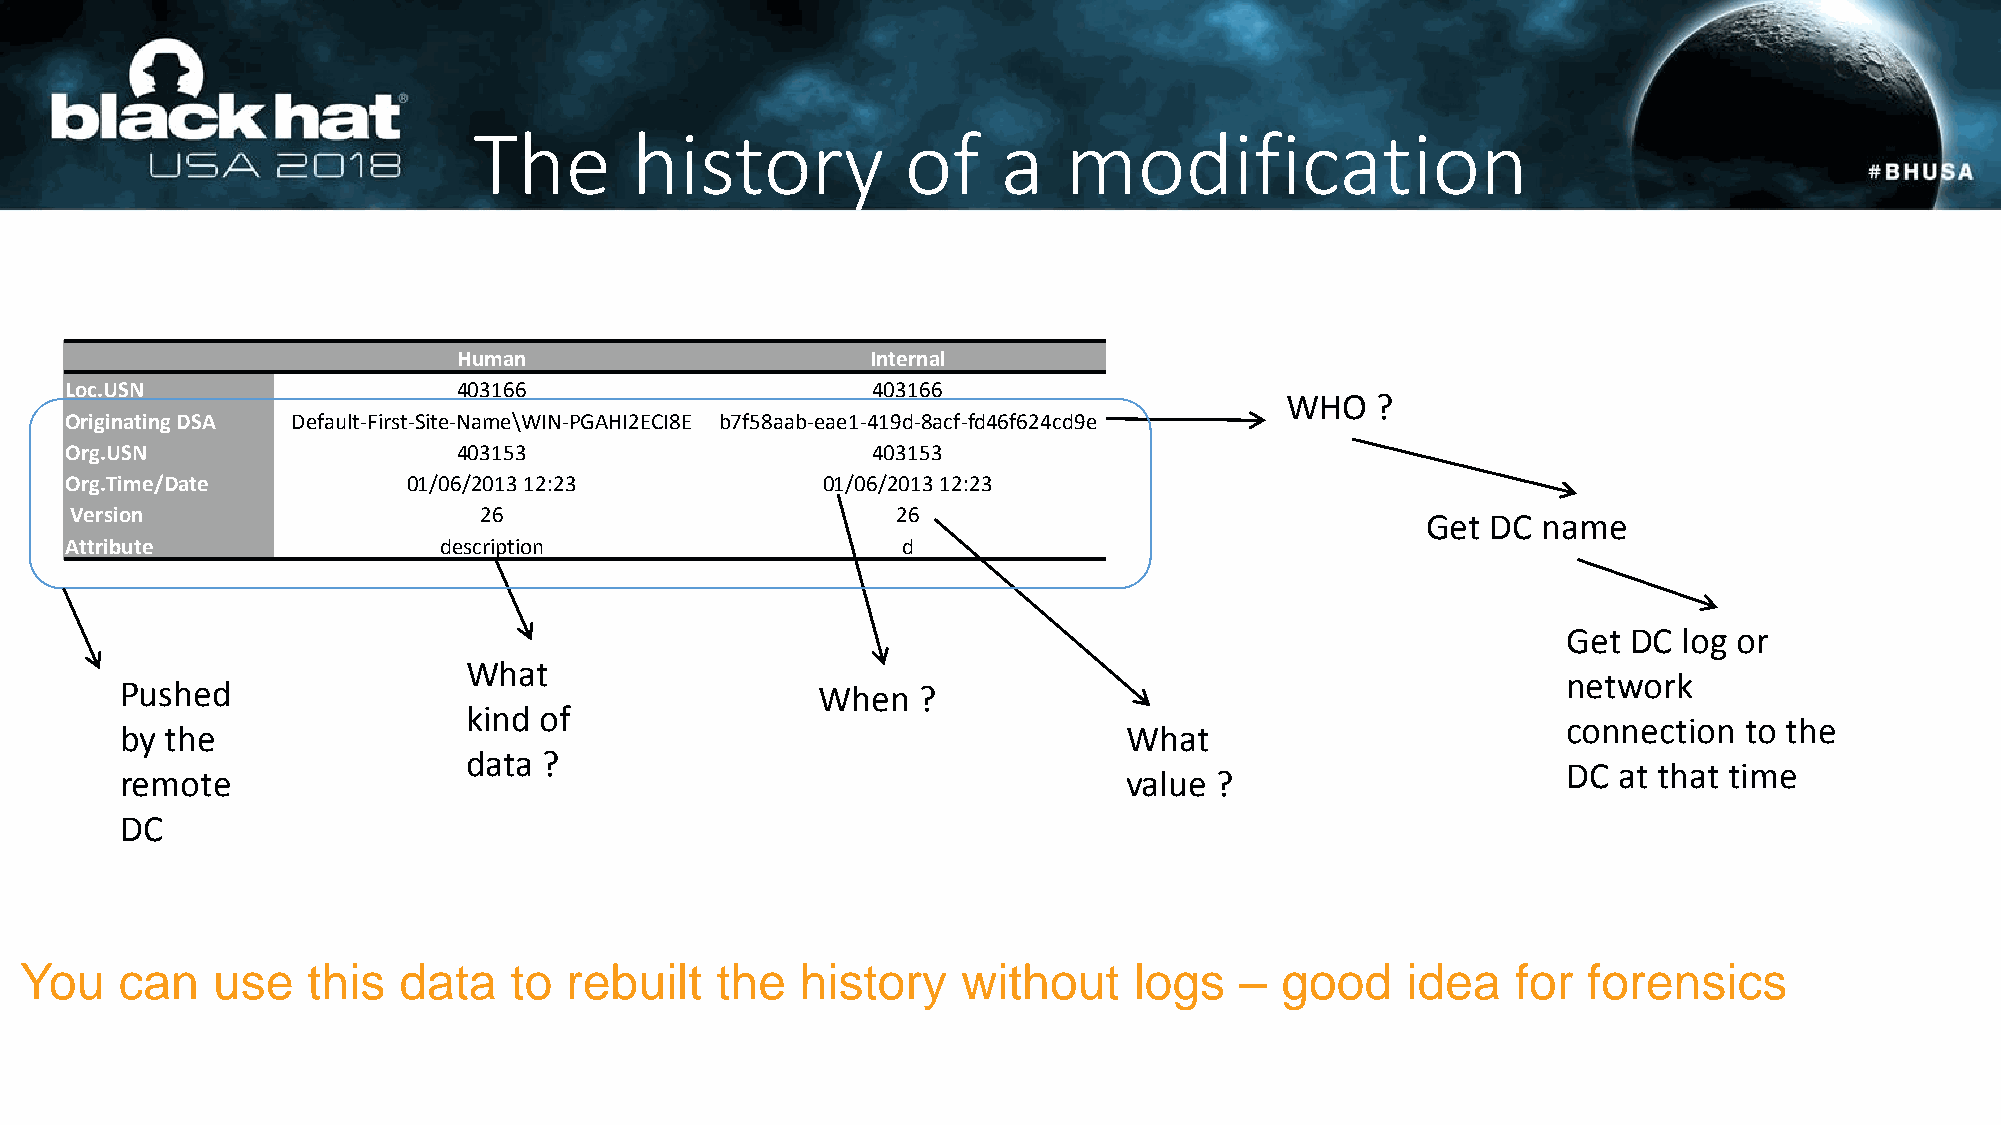
The        history           of    a   modification
 Human                       Internal
 Loc.USN                   403166                      403166
 WHO   ?
 Originating DSA Default-First-Site-Name\WIN-PGAHI2ECI8E b7f58aab-eae1-419d-8acf-fd46f624cd9e
 Org.USN                   403153                      403153
 Org.Time/Date          01/06/2013 12:23           01/06/2013 12:23
 Version                    26                         26                                 Get  DC name
 Attribute                description                    d
 Get DC log or
 What
 network
 Pushed                                        When   ?
 kind of
 connection to the
 by the                                                             What
 data ?
 DC at that time
 remote                                                             value ?
 DC
 You    can   use   this  data    to rebuilt   the   history    without    logs   –  good    idea   for  forensics